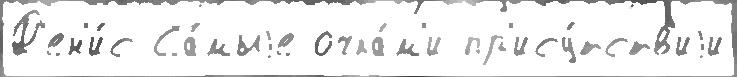
Д'ен'и́с Са́мыjе очка́м'и пр'ису́тств'иjи